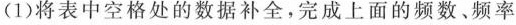
(1)将表中空格处的数据补全，完成上面的频数、频率